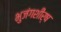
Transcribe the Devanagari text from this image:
भुजंगशीर्ष